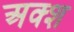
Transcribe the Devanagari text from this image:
अक्श